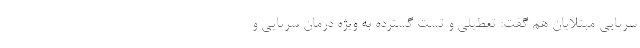
سرپایی مبتلایان هم گفت: تعطیلی و تست گسترده به ویژه درمان سرپایی و